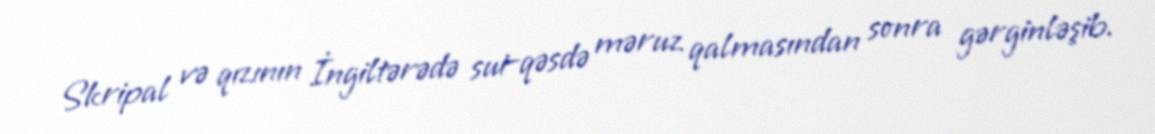
Skripal və qızının İngiltərədə sui-qəsdə məruz qalmasından sonra gərginləşib.